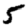
Digit: 5